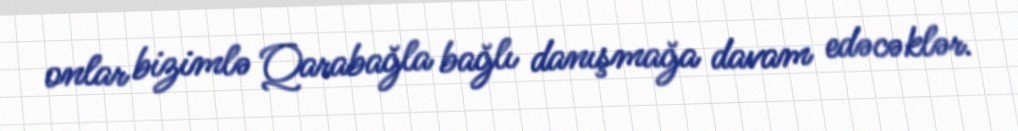
onlar bizimlə Qarabağla bağlı danışmağa davam edəcəklər.